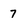
Character: 7